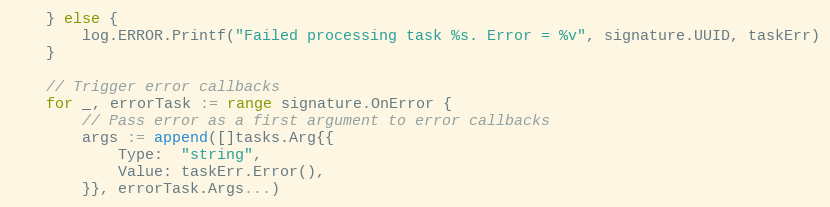
Language: Go
	} else {
		log.ERROR.Printf("Failed processing task %s. Error = %v", signature.UUID, taskErr)
	}

	// Trigger error callbacks
	for _, errorTask := range signature.OnError {
		// Pass error as a first argument to error callbacks
		args := append([]tasks.Arg{{
			Type:  "string",
			Value: taskErr.Error(),
		}}, errorTask.Args...)